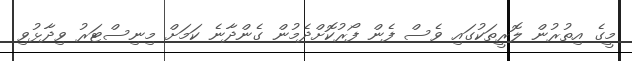
މީގެ އިތުރުން ލޮރީތަކުގައި ވެސް ފެން ފޯރުކޮށްދެމުން ގެންދާނެ ކަމަށް މިނިސްޓަރު ވިދާޅުވި